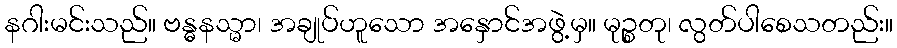
နဂါးမင်းသည်။ ဗန္ဓနသ္မာ၊ အချုပ်ဟူသော အနှောင်အဖွဲ့မှ။ မုဉ္စတု၊ လွတ်ပါစေသတည်း။